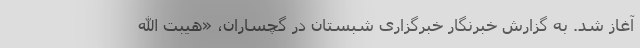
آغاز شد. به گزارش خبرنگار خبرگزاری شبستان در گچساران، «هیبت الله